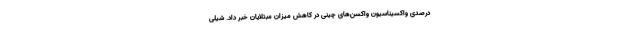
درصدی واکسیناسیون واکسن‌های چینی در کاهش میزان مبتلایان خبر داد. شیلی